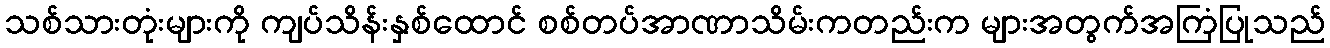
သစ်သားတုံးများကို ကျပ်သိန်းနှစ်ထောင် စစ်တပ်အာဏာသိမ်းကတည်းက များအတွက်အကြံပြုသည်